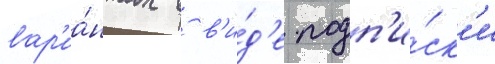
вар'иа́нтах в в'и́д'е подп'и́ск'и